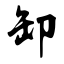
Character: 卸